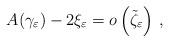
LaTeX: \begin{align*}{A(\gamma_\varepsilon)}-2\xi_\varepsilon=o\left(\tilde{\zeta}_\varepsilon \right)\,,\end{align*}